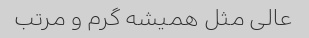
عالی مثل همیشه گرم و مرتب